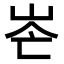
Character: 𡶍